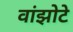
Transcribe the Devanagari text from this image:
वांझोटे